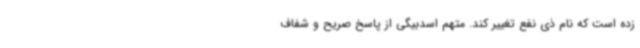
زده است که نام ذی نفع تغییر کند. متهم اسدبیگی از پاسخ صریح و شفاف